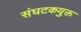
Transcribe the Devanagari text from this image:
संघटकयुक्त